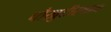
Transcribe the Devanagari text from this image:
चौखुटीस्थान